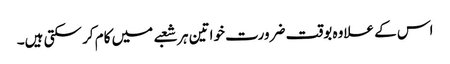
اس کے علاوہ بوقت ضرورت خواتین ہر شعبے میں کام کر سکتی ہیں۔